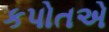
કપોતએ